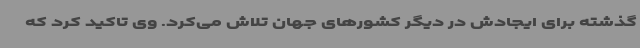
گذشته برای ایجادش در دیگر کشورهای جهان تلاش می‌کرد. وی تاکید کرد که